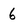
Character: 6